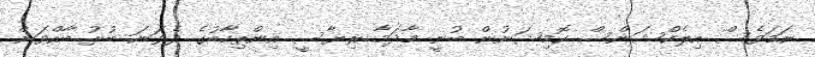
ނަމަވެސް އިލެކްޝަންސް ކޮމިޝަނުން ބުނީ މާދަމާ ރިޔާސީ އިންތިހާބުގެ ދެވަނަ ބުރު ބާއްވަން